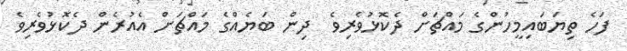
ފަހެ ތިޔަބައިމީހުންގެ މައްޗަށް ދެކޮޅުވެރިވެ  ދިން ބަޔެއްގެ މައްޗަށް އެއުރެން ދެކޮޅުވެރިވެ